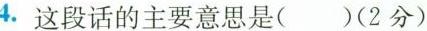
4.这段话的主要意思是()(2分)